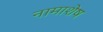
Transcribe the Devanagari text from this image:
नामाशेष